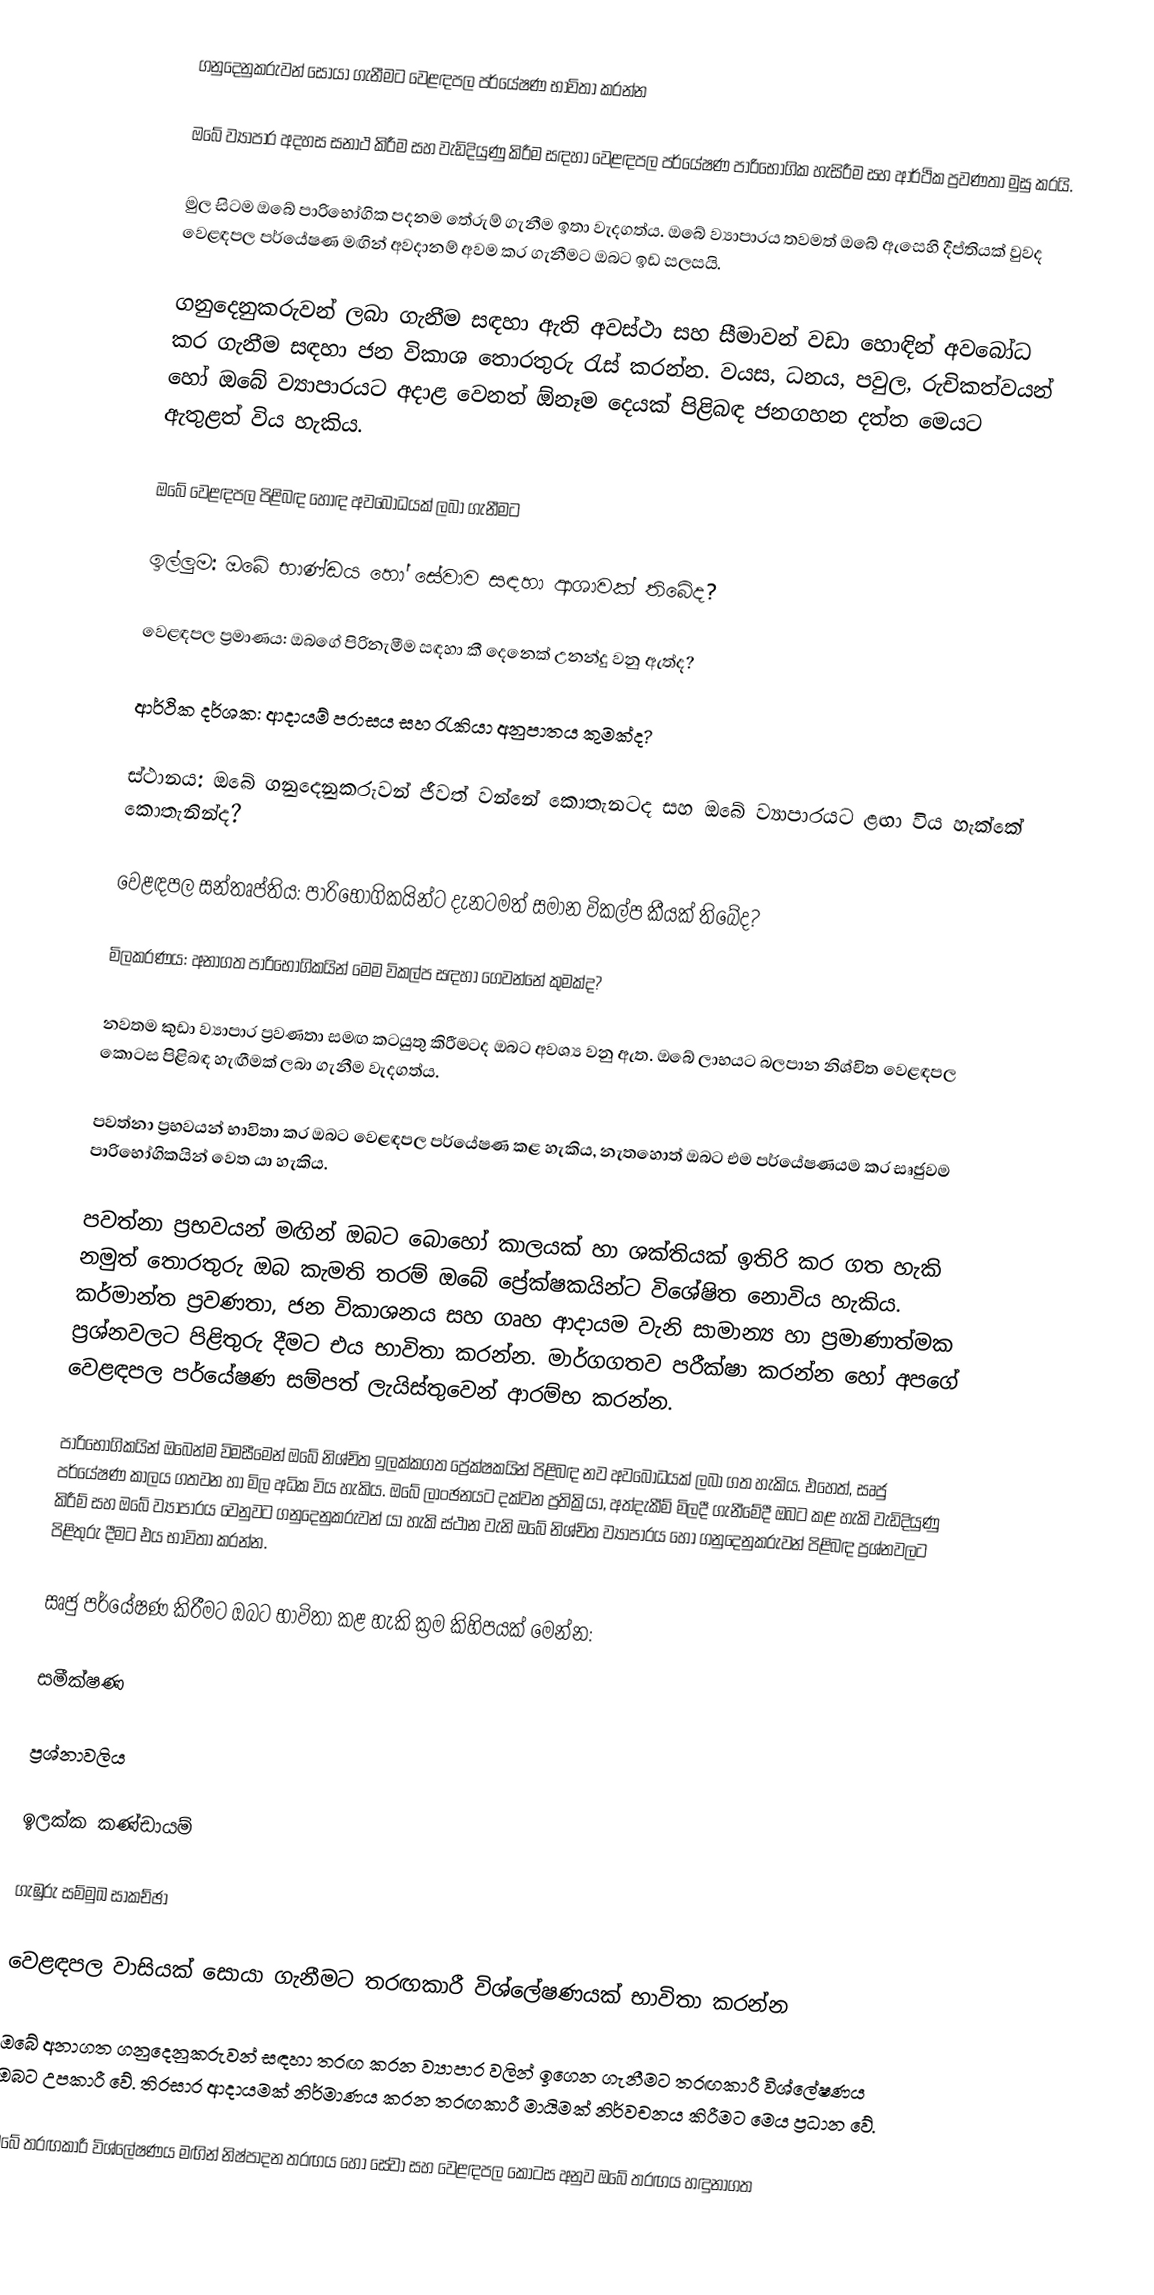
ගනුදෙනුකරුවන් සොයා ගැනීමට වෙළඳපල පර්යේෂණ භාවිතා කරන්න

ඔබේ ව්‍යාපාර අදහස සනාථ කිරීම සහ වැඩිදියුණු කිරීම සඳහා වෙළඳපල පර්යේෂණ පාරිභෝගික හැසිරීම සහ ආර්ථික ප්‍රවණතා මුසු කරයි.

මුල සිටම ඔබේ පාරිභෝගික පදනම තේරුම් ගැනීම ඉතා වැදගත්ය. ඔබේ ව්‍යාපාරය තවමත් ඔබේ ඇසෙහි දීප්තියක් වුවද වෙළඳපල පර්යේෂණ මඟින් අවදානම් අවම කර ගැනීමට ඔබට ඉඩ සලසයි.

ගනුදෙනුකරුවන් ලබා ගැනීම සඳහා ඇති අවස්ථා සහ සීමාවන් වඩා හොඳින් අවබෝධ කර ගැනීම සඳහා ජන විකාශ තොරතුරු රැස් කරන්න. වයස, ධනය, පවුල, රුචිකත්වයන් හෝ ඔබේ ව්‍යාපාරයට අදාළ වෙනත් ඕනෑම දෙයක් පිළිබඳ ජනගහන දත්ත මෙයට ඇතුළත් විය හැකිය.

ඔබේ වෙළඳපල පිළිබඳ හොඳ අවබෝධයක් ලබා ගැනීමට

ඉල්ලුම: ඔබේ භාණ්ඩය හෝ සේවාව සඳහා ආශාවක් තිබේද?

වෙළඳපල ප්‍රමාණය: ඔබගේ පිරිනැමීම සඳහා කී දෙනෙක් උනන්දු වනු ඇත්ද?

ආර්ථික දර්ශක: ආදායම් පරාසය සහ රැකියා අනුපාතය කුමක්ද?

ස්ථානය: ඔබේ ගනුදෙනුකරුවන් ජීවත් වන්නේ කොතැනටද සහ ඔබේ ව්‍යාපාරයට ළඟා විය හැක්කේ කොතැනින්ද?

වෙළඳපල සන්තෘප්තිය: පාරිභෝගිකයින්ට දැනටමත් සමාන විකල්ප කීයක් තිබේද?

මිලකරණය: අනාගත පාරිභෝගිකයින් මෙම විකල්ප සඳහා ගෙවන්නේ කුමක්ද?

නවතම කුඩා ව්‍යාපාර ප්‍රවණතා සමඟ කටයුතු කිරීමටද ඔබට අවශ්‍ය වනු ඇත. ඔබේ ලාභයට බලපාන නිශ්චිත වෙළඳපල කොටස පිළිබඳ හැඟීමක් ලබා ගැනීම වැදගත්ය.

පවත්නා ප්‍රභවයන් භාවිතා කර ඔබට වෙළඳපල පර්යේෂණ කළ හැකිය, නැතහොත් ඔබට එම පර්යේෂණයම කර සෘජුවම පාරිභෝගිකයින් වෙත යා හැකිය.

පවත්නා ප්‍රභවයන් මඟින් ඔබට බොහෝ කාලයක් හා ශක්තියක් ඉතිරි කර ගත හැකි නමුත් තොරතුරු ඔබ කැමති තරම් ඔබේ ප්‍රේක්ෂකයින්ට විශේෂිත නොවිය හැකිය. කර්මාන්ත ප්‍රවණතා, ජන විකාශනය සහ ගෘහ ආදායම වැනි සාමාන්‍ය හා ප්‍රමාණාත්මක ප්‍රශ්නවලට පිළිතුරු දීමට එය භාවිතා කරන්න. මාර්ගගතව පරීක්ෂා කරන්න හෝ අපගේ වෙළඳපල පර්යේෂණ සම්පත් ලැයිස්තුවෙන් ආරම්භ කරන්න.

පාරිභෝගිකයින් ඔබෙන්ම විමසීමෙන් ඔබේ නිශ්චිත ඉලක්කගත ප්‍රේක්ෂකයින් පිළිබඳ නව අවබෝධයක් ලබා ගත හැකිය. එහෙත්, සෘජු පර්යේෂණ කාලය ගතවන හා මිල අධික විය හැකිය. ඔබේ ලාංඡනයට දක්වන ප්‍රතික්‍රියා, අත්දැකීම් මිලදී ගැනීමේදී ඔබට කළ හැකි වැඩිදියුණු කිරීම් සහ ඔබේ ව්‍යාපාරය වෙනුවට ගනුදෙනුකරුවන් යා හැකි ස්ථාන වැනි ඔබේ නිශ්චිත ව්‍යාපාරය හෝ ගනුදෙනුකරුවන් පිළිබඳ ප්‍රශ්නවලට පිළිතුරු දීමට එය භාවිතා කරන්න.

සෘජු පර්යේෂණ කිරීමට ඔබට භාවිතා කළ හැකි ක්‍රම කිහිපයක් මෙන්න:

සමීක්ෂණ

ප්‍රශ්නාවලිය

ඉලක්ක කණ්ඩායම්

ගැඹුරු සම්මුඛ සාකච්ඡා

වෙළඳපල වාසියක් සොයා ගැනීමට තරඟකාරී විශ්ලේෂණයක් භාවිතා කරන්න

ඔබේ අනාගත ගනුදෙනුකරුවන් සඳහා තරඟ කරන ව්‍යාපාර වලින් ඉගෙන ගැනීමට තරඟකාරී විශ්ලේෂණය ඔබට උපකාරී වේ. තිරසාර ආදායමක් නිර්මාණය කරන තරඟකාරී මායිමක් නිර්වචනය කිරීමට මෙය ප්‍රධාන වේ.

ඔබේ තරඟකාරී විශ්ලේෂණය මඟින් නිෂ්පාදන තරඟය හෝ සේවා සහ වෙළඳපල කොටස අනුව ඔබේ තරඟය හඳුනාගත